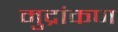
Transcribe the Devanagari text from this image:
मुद्रांकण